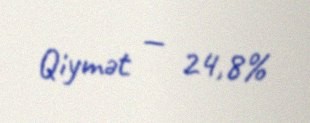
Qiymət — 24,8%